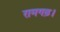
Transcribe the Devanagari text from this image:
रामगढ़।